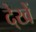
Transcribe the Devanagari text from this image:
दे्खें